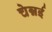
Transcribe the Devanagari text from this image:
चेन्नर्इ